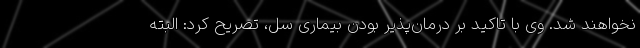
نخواهند شد. وی با تاکید بر درمان‌پذیر بودن بیماری سل، تصریح کرد: البته